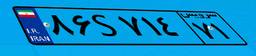
۸۶S۷۱۴۷۱